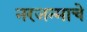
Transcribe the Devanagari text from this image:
नरजन्माचे